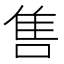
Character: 售